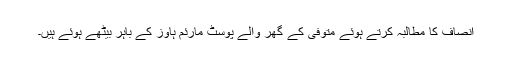
انصاف کا مطالبہ کرتے ہوئے متوفی کے گھر والے پوسٹ مارئم ہاوز کے باہر بیٹھے ہوئے ہیں۔